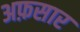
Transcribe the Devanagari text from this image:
अफ़सार